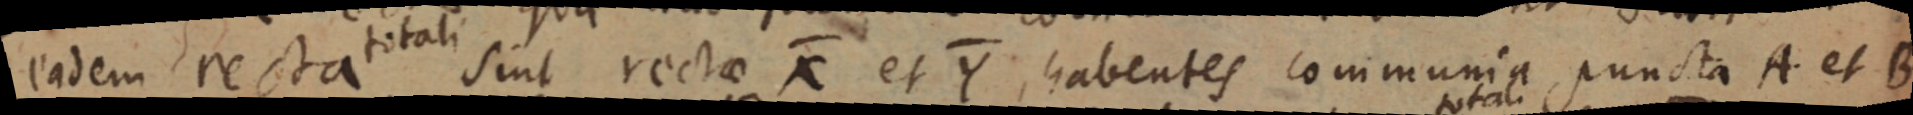
eadem recta totali sint rectae X et Y habentes communia puncta A et B